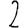
Digit: 2